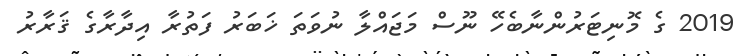
2019 ގެ މޮނިޓަރުންނާބެހޭ ނޫސް މަޖައްލާ ނުވަތަ ޚަބަރު ފަތުރާ އިދާރާގެެ ޤަރާރު